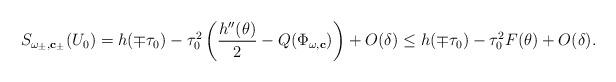
LaTeX: \begin{align*}S_{\omega_{\pm},\mathbf{c}_{\pm}}(U_0)=h(\mp \tau_0)-\tau_0^2\left(\frac{h''(\theta)}{2}-Q(\Phi_{\omega,\mathbf{c}})\right)+O(\delta)\le h(\mp \tau_0)-\tau_0^2F(\theta)+O(\delta). \end{align*}